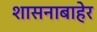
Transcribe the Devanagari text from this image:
शासनाबाहेर